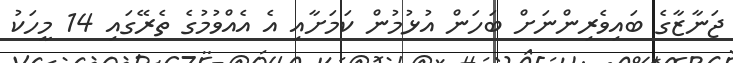
ޖަނާޒާގެ ބައިވެރިންނަށް ބަހަން އުޅުމުން ކަމަށާއި އެ އެއްވުމުގެ ތެރޭގައި 14 މީހަކު